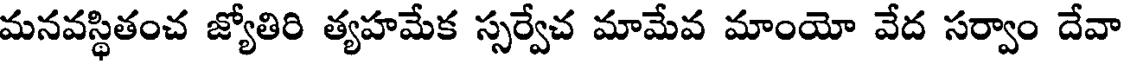
మనవస్థితంచ జ్యోతిరి త్యహమేక స్సర్వేచ మామేవ మాంయో వేద సర్వాం దేవా